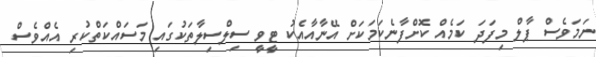
ނަމަވެސް ޕާލް މިފަދަ ކަމެއް ކޮށްފާނެކަމަކަށް އޭނާއާއެކު ޓީވީ ސިލްސިލާތަކުގައި މަސައްކަތްކުރި އެއްވެސް